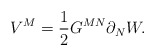
\begin{align*}V^{M}=\frac{1}{2}G^{MN}\partial _{N}W. \end{align*}